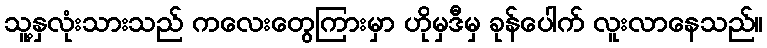
သူ့နှလုံးသားသည် ကလေးတွေကြားမှာ ဟိုမှဒီမှ ခုန်ပေါက် လူးလာနေသည်။